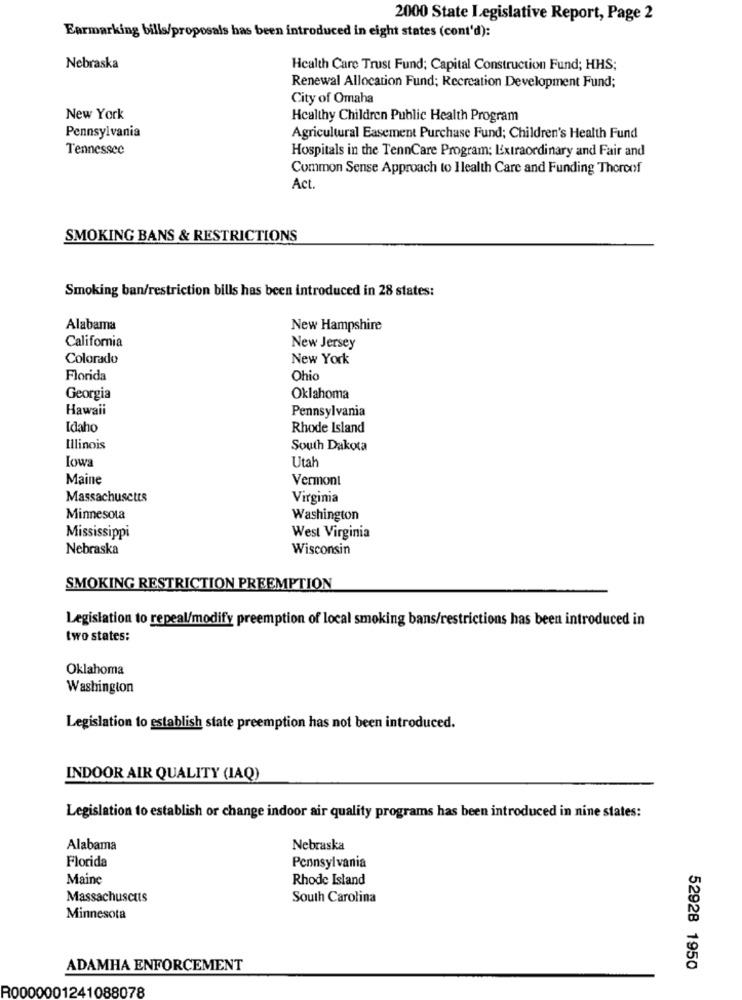
2000 State Legislative Report, Page 2
Earmarking bills/proposals has been introduced in eight states (cont'd):
Nebraska
Health Care Trust Fund; Capital Construction Fund; HHS;
Renewal Allocation Fund; Recreation Development Fund;
City of Omaha
New York
Healthy Children Public Health Program
Pennsylvania
Agricultural Easement Purchase Fund; Children's Health Fund
Tennessee
Hospitals in the TennCare Program: Extraordinary and Fair and
Common Sense Approach to Health Care and Funding Theroof
Act.
SMOKING BANS & RESTRICTIONS
Smoking ban/restriction bills has been introduced in 28 states:
Alabama
New Hampshire
California
New Jersey
Colorado
New York
Florida
Ohio
Georgia
Oklahoma
Hawaii
Pennsylvania
Idaho
Rhode Island
Illinois
South Dakota
lowa
Utah
Maine
Vermont
Massachusetts
Virginia
Minnesota
Washington
Mississippi
West Virginia
Nebraska
Wisconsin
SMOKING RESTRICTION PREEMPTION
Legislation to repeal/modify preemption of local smoking bans/restrictions has been introduced in
two states:
Oklahoma
Washington
Legislation to establish state preemption has not been introduced.
INDOOR AIR QUALITY (IAQ)
Legislation to establish or change indoor air quality programs has been introduced in nine states:
Alabama
Nebraska
Florida
Pennsylvania
Maine
Rhode Island
Massachuscuts
South Carolina
Minnesota
ADAMHA ENFORCEMENT
52928 1950
R0000001241088078